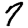
Digit: 7